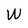
Character: W